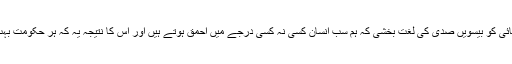
آرٹ بکوالڈ نے اس قدیم کائناتی سچائی کو بیسویں صدی کی لغت بخشی کہ ہم سب انسان کسی نہ کسی درجے میں احمق ہوتے ہیں اور اس کا نتیجہ یہ کہ ہر حکومت بہت سی حماقت کا مجموعہ ہوتی ہے۔